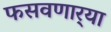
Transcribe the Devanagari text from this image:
फसवणार्‍या